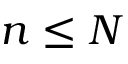
n \leq N